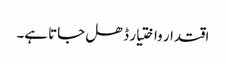
اقتدار واختیار ڈھل جاتا ہے۔